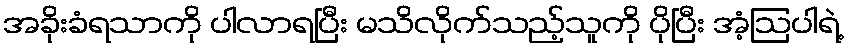
အခိုးခံရသာကို ပါလာရပြီး မသိလိုက်သည့်သူကို ပိုပြီး အံ့ဩပါရဲ့